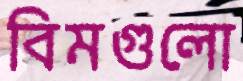
বিমগুলো